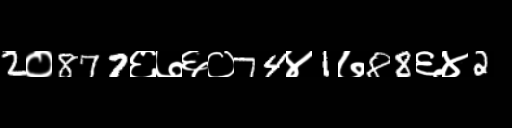
Text: 2०877६७६०74४1७88६४2